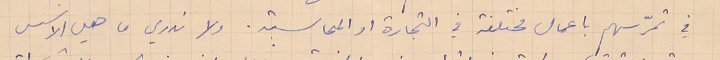
في تمرّسهم باعمال مختلفة في التجارة او المحاسبة. ولا ندري ما هي الاسس